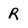
Character: R